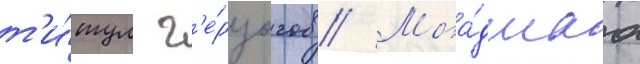
т'и́тул г'е́рцогов // Мла́дшаа